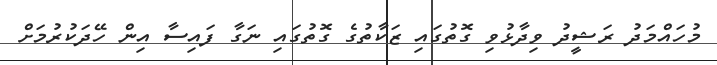
މުހައްމަދު ރަޝީދު ވިދާޅުވި ގޮތުގައި ޒަކާތުގެ ގޮތުގައި ނަގާ ފައިސާ އިން ހޭދަކުރުމަށް